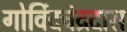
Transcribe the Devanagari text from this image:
गोर्विदचंद्रदास